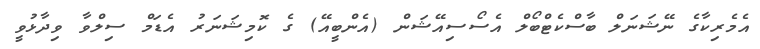
އެމެރިކާގެ ނޭޝަނަލް ބާސްކެޓްބޯލް އެސޯސިއޭޝަން (އެންބީއޭ) ގެ ކޮމިޝަނަރު އެޑަމް ސިލްވާ ވިދާޅުވީ